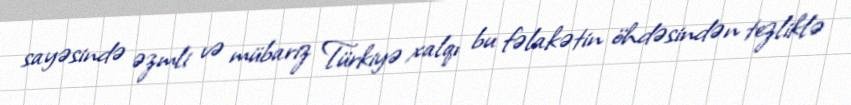
sayəsində əzmli və mübariz Türkiyə xalqı bu fəlakətin öhdəsindən tezliklə